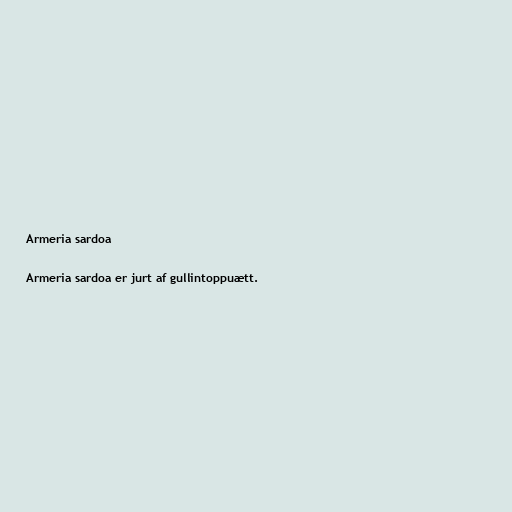
Armeria sardoa

Armeria sardoa er jurt af gullintoppuætt.